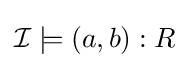
{\mathcal {I}}\models (a,b):R